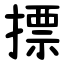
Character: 摽